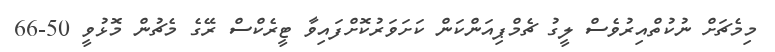
މިމެޗަށް ނުކުތްއިރުވެސް ލީގު ޗެމްޕިއަންކަން ކަށަވަރުކޮށްފައިވާ ޓީރެކްސް ރޭގެ މެޗުން މޮޅުވީ 50-66